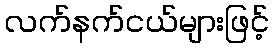
လက်နက်ငယ်များဖြင့်